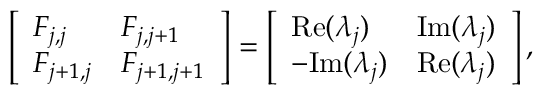
\left[ \begin{array} { l l } { F _ { j , j } } & { F _ { j , j + 1 } } \\ { F _ { j + 1 , j } } & { F _ { j + 1 , j + 1 } } \end{array} \right] = \left[ \begin{array} { l l } { \mathrm { R e } ( \lambda _ { j } ) } & { \mathrm { I m } ( \lambda _ { j } ) } \\ { - \mathrm { I m } ( \lambda _ { j } ) } & { \mathrm { R e } ( \lambda _ { j } ) } \end{array} \right] ,